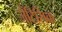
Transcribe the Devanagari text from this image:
जेंटिसिक